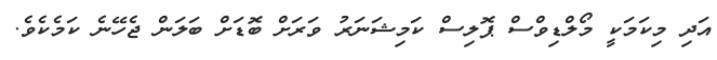
އަދި މިކަމަކީ މޯލްޑިވްްސް ޕޮލިސް ކަމިޝަނަރު ވަރަށް ބޮޑަށް ބަލަން ޖެހޭނެ ކަމެކެވެ.